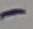
Text: -